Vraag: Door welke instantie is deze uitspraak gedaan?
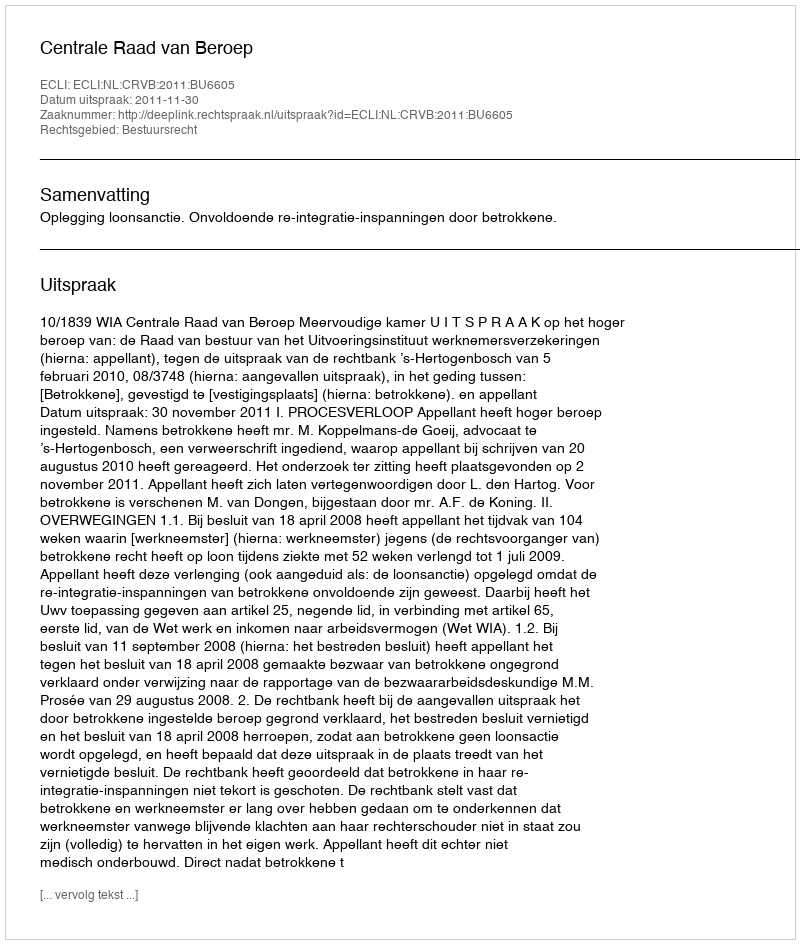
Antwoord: Centrale Raad van Beroep